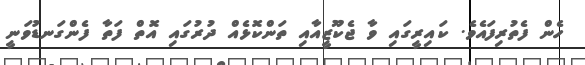
ހެން ފެތުރިފައެވެ. ކައިރީގައި ވާ ޖެކޫޒީއާއި ތަންކޮޅެއް ދުރުގައި އޮތް ފަތާ ފެންގަނޑުވަނީ